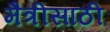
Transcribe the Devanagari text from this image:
मैत्रीसाठी